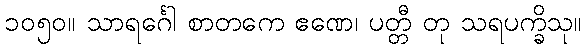
၁၀၅၀။ သာရင်္ဂေါ စာတကေ ဧဏေ၊ ပတ္တီ တု သရပက္ခိသု။